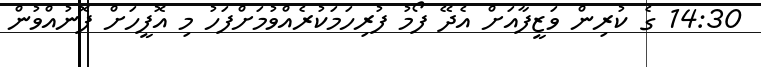
14:30 ގެ ކުރިން ވަޒީފާއަށް އެދޭ ފޯމު ފުރިހަމަކުރެއްވުމަށްފަހު މި އޮފީހަށް ފޮނުއްވުން